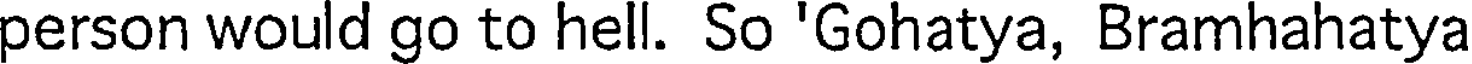
person would go to hell. So 'Gohatya, Bramhahatya